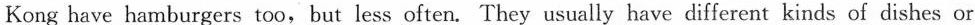
Kong have hamburgers too,but less often. They usually have different kinds of dishes or